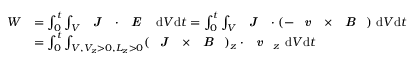
\begin{array} { r l } { W } & { = \int _ { 0 } ^ { t } \int _ { V } \textbf { \emph { J } } \cdot \textbf { \emph { E } } ~ \mathrm { d } V \mathrm { d } t = \int _ { 0 } ^ { t } \int _ { V } \textbf { \emph { J } } \cdot ( - \textbf { \emph { v } } \times \textbf { \emph { B } } ) ~ \mathrm { d } V \mathrm { d } t } \\ & { = \int _ { 0 } ^ { t } \int _ { V , V _ { z } > 0 , L _ { z } > 0 } ( \textbf { \emph { J } } \times \textbf { \emph { B } } ) _ { z } \cdot \textbf { \emph { v } } _ { z } ~ \mathrm { d } V \mathrm { d } t } \end{array}